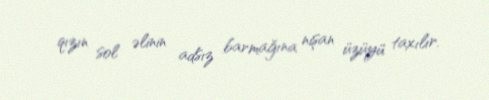
qızın sol əlinin adsız barmağına nişan üzüyü taxılır.